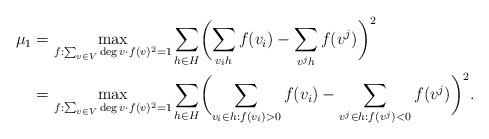
LaTeX: \begin{align*}\mu_1&=\max_{f:\sum_{v\in V}\deg v\cdot f(v)^2=1}\sum_{h\in H}\biggl(\sum_{v_i h}f(v_i)-\sum_{v^j h}f(v^j)\biggr)^2\\&=\max_{f:\sum_{v\in V}\deg v\cdot f(v)^2=1}\sum_{h\in H}\biggl(\sum_{v_i \in h:f(v_i)>0}f(v_i)-\sum_{v^j \in h:f(v^j)<0}f(v^j)\biggr)^2.\end{align*}